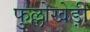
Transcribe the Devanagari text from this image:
फुल्लोखेड़ी